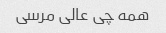
همه چی عالی مرسی